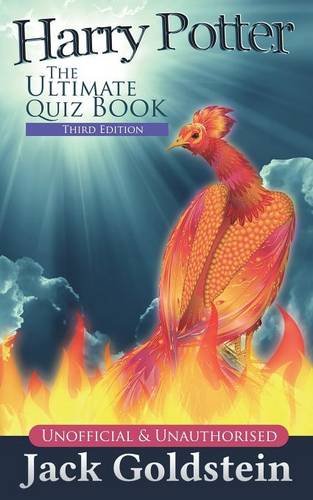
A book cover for Harry Potter - The Ultimate Quiz Book; Jack Goldstein; Humor & Entertainment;